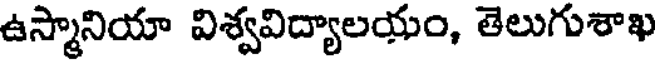
ఉస్మానియా విశ్వవిద్యాలయం, తెలుగుశాఖ